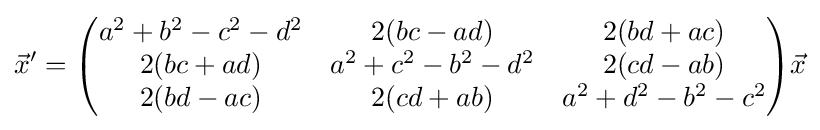
{\vec {x}}'={\begin{pmatrix}a^{2}+b^{2}-c^{2}-d^{2}&2(bc-ad)&2(bd+ac)\\2(bc+ad)&a^{2}+c^{2}-b^{2}-d^{2}&2(cd-ab)\\2(bd-ac)&2(cd+ab)&a^{2}+d^{2}-b^{2}-c^{2}\end{pmatrix}}{\vec {x}}